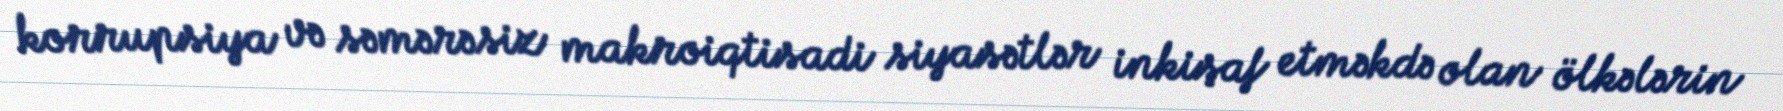
korrupsiya və səmərəsiz makroiqtisadi siyasətlər inkişaf etməkdə olan ölkələrin